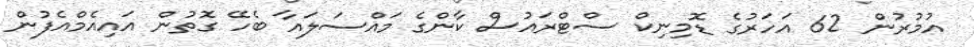
އުމުރުން 62 އަހަރުގެ ޑޮމިނިކް ސްޓްރައުސް ކާންގެ މައްސަލައާ ބެހޭ ގޮތުން އައިއެމްއެފުން